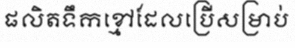
ផលិតទឹកខ្មៅដែលប្រើសម្រាប់